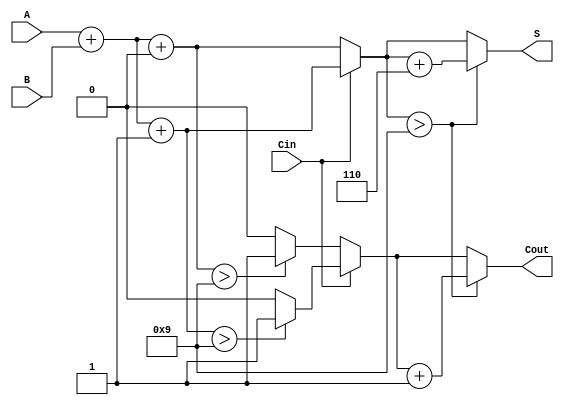
module BCD_Modified_Carry_Select_Adder (
    input  wire [3:0] A,     // First BCD digit
    input  wire [3:0] B,     // Second BCD digit
    input  wire Cin,         // Carry-in
    output reg  [3:0] S,     // BCD sum output
    output reg  Cout         // Carry-out
);

    // Intermediate signals for sums and carry-outs
    wire [3:0] S0;           // Sum when Cin = 0
    wire [3:0] S1;           // Sum when Cin = 1
    wire Cout0;              // Carry-out when Cin = 0
    wire Cout1;              // Carry-out when Cin = 1

    // Initial sum calculations
    assign S0 = A + B + 4'b0000; // S0 = A + B + 0
    assign S1 = A + B + 4'b0001; // S1 = A + B + 1

    // Carry-out calculations
    assign Cout0 = (S0 > 4'b1001) ? 1'b1 : 1'b0; // Cout0 = 1 if S0 > 9
    assign Cout1 = (S1 > 4'b1001) ? 1'b1 : 1'b0; // Cout1 = 1 if S1 > 9

    // Carry select logic
    always @(*) begin
        if (Cin == 1'b0) begin
            S = S0;
            Cout = Cout0;
        end else begin
            S = S1;
            Cout = Cout1;
        end

        // BCD correction logic
        if (S > 4'b1001) begin
            S = S + 4'b0110; // Add 6 to correct BCD
            Cout = Cout + 1'b1; // Adjust carry-out
        end
    end

endmodule